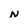
Character: N